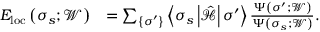
\begin{array} { r l } { E _ { \mathrm { l o c } } \left( \boldsymbol { \sigma } _ { s } ; \mathcal { W } \right) } & { = \sum _ { \left\{ \boldsymbol { \sigma } ^ { \prime } \right\} } \left\langle \boldsymbol { \sigma } _ { s } \left| \hat { \mathcal { H } } \right| \boldsymbol { \sigma } ^ { \prime } \right\rangle \frac { \Psi \left( \boldsymbol { \sigma } ^ { \prime } ; \mathcal { W } \right) } { \Psi \left( \boldsymbol { \sigma } _ { s } ; \mathcal { W } \right) } . } \end{array}